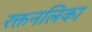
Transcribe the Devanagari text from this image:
रक्तनलिका